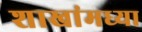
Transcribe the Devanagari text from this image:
शाखांमध्या